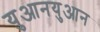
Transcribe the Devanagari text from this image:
युआनयुआन